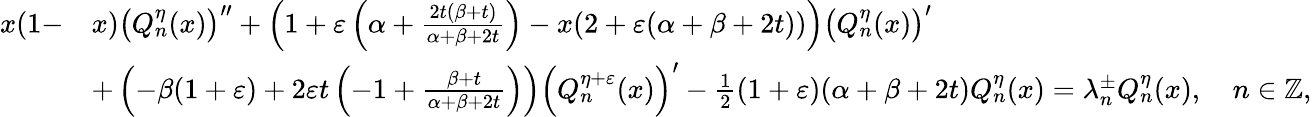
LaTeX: \begin{array}{rl}{x(1-}&{x)\left(Q_{n}^{\eta}(x)\right)^{\prime\prime}+\left(1+\varepsilon\left(\alpha+\frac{2t(\beta+t)}{\alpha+\beta+2t}\right)-x(2+\varepsilon(\alpha+\beta+2t))\right)\left(Q_{n}^{\eta}(x)\right)^{\prime}}\\ &{+\left(-\beta(1+\varepsilon)+2\varepsilon t\left(-1+\frac{\beta+t}{\alpha+\beta+2t}\right)\right)\left(Q_{n}^{\eta+\varepsilon}(x)\right)^{\prime}-\frac{1}{2}(1+\varepsilon)(\alpha+\beta+2t)Q_{n}^{\eta}(x)=\lambda_{n}^{\pm}Q_{n}^{\eta}(x),\quad n\in\mathbb{Z},}\end{array}